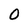
Character: 0